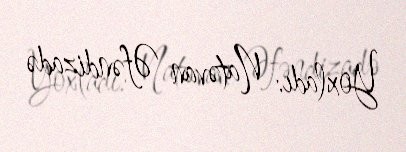
Yoxladı: Natəvan Əfəndizadə